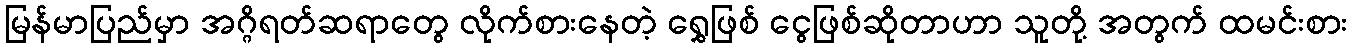
မြန်မာပြည်မှာ အဂ္ဂိရတ်ဆရာတွေ လိုက်စားနေတဲ့ ရွှေဖြစ် ငွေဖြစ်ဆိုတာဟာ သူတို့ အတွက် ထမင်းစား